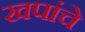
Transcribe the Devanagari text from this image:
खपांचे